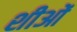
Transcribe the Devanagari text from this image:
शीओं